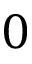
0